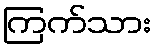
ကြက်သား